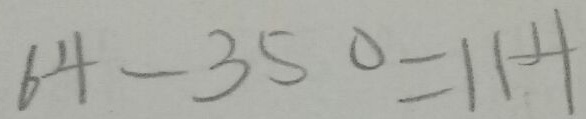
6 4 - 3 5 0 = 1 1 4